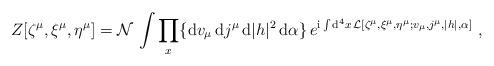
LaTeX: \begin{align*}Z[\zeta^{\mu}, \xi^{\mu}, \eta^{\mu}] = {\cal N} \, \int \prod_x \{ {\rm d}v_{\mu} \, {\rm d}j^{\mu} \, {\rm d}|h|^2 \, {\rm d}\alpha \} \, e^{{\rm i} \int {\rm d}^4 x \, {\cal L}[\zeta^{\mu}, \xi^{\mu}, \eta^{\mu}; v_{\mu},j^{\mu},|h|,\alpha]} \ ,\end{align*}